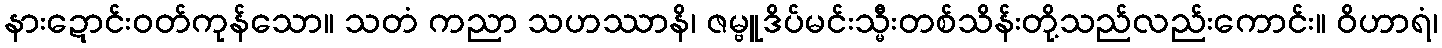
နားဍောင်းဝတ်ကုန်သော။ သတံ ကညာ သဟဿာနိ၊ ဇမ္ဗူဒိပ်မင်းသ္မီးတစ်သိန်းတို့သည်လည်းကောင်း။ ဝိဟာရံ၊